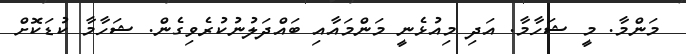
މަންމާ. މީ ޝަހާމާ. އަދި މިއުޅެނީ މަންމައާއި ބައްދަލުނުކުރެވިގެން. ޝަހާމާ ކުޑަކޮށް